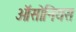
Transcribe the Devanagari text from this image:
ऑसोनियस